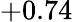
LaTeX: +0.74